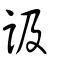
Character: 訯